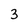
Character: 3